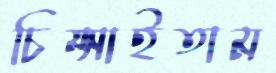
চিম্‌সাইতাম